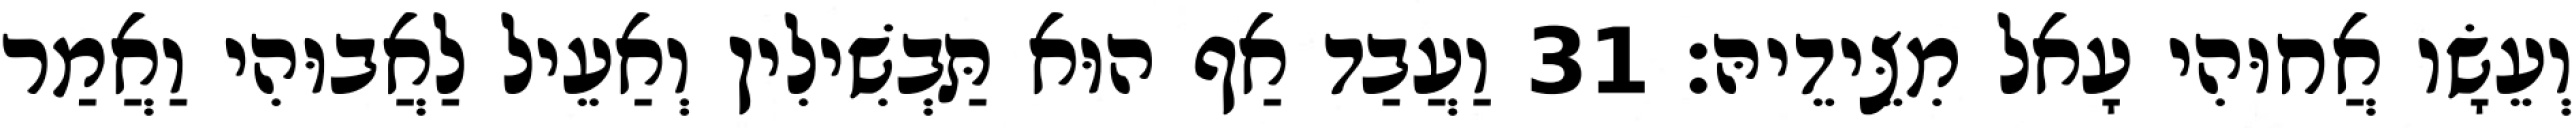
וְעֵשָׂו אֲחוּהִי עָאל מִצֵּידֵיהּ׃ 31 וַעֲבַד אַף הוּא תַּבְשִׁילִין וְאַעֵיל לַאֲבוּהִי וַאֲמַר